Report of the Bombay Plague Committee
Disease focus: Plague
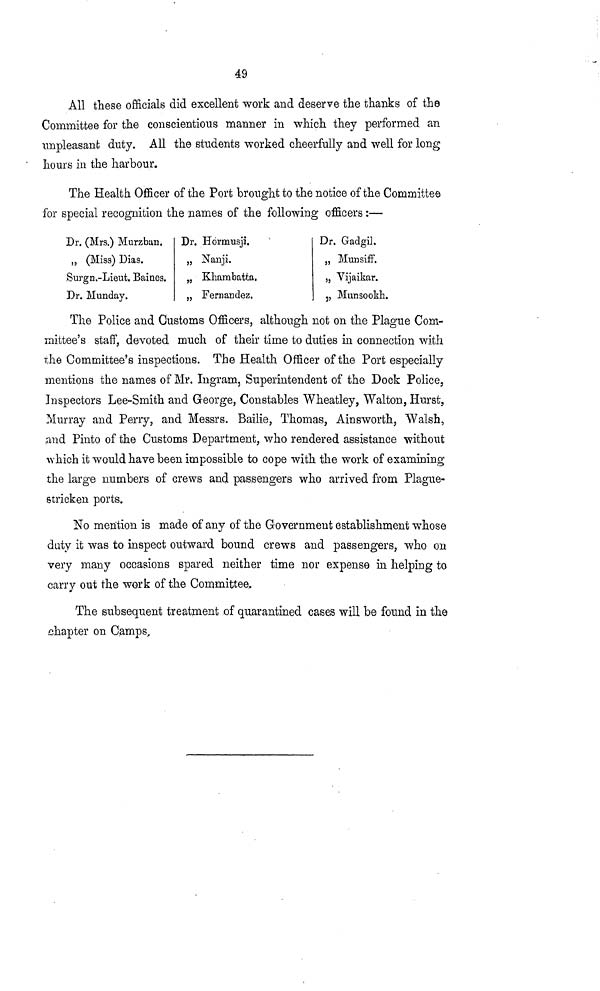
49
All these officials did excellent work and deserve the thanks of the
Committee for the conscientious manner in which they performed an
unpleasant duty. All the students worked cheerfully and well for long
hours in the harbour.
The Health Officer of the Port brought to the notice of the Committee
for special recognition the names of the following officers :—
Dr, (Mrs.) Murzban.
„ (Miss) Dias.
Surgn.-Lieut. Baines.
Dr. Munday.
Dr. Hormnsji.
„ Nanji.
„ Khambatta.
„ Fernandez.
Dr. Gadgil.
„ Munsiff.
„ Vijaikar.
j, Munsookh.
The Police and Customs Officers, although not on the Plague Com-
mittee's staff, devoted much of their time to duties in connection with
the Committee's inspections. The Health Officer of the Port especially
mentions the names of Mr. Ingram, Superintendent of the Dock Police,
Inspectors Lee-Smith and George, Constables Wheatley, Walton, Hurst,
Murray and Perry, and Messrs. Bailie, Thomas, Ainsworth, Walsh,
and Pinto of the Customs Department, who rendered assistance without
which it would have been impossible to cope with the work of examining
the large numbers of crews and passengers who arrived from Plague-
stricken ports.
No mention is made of any of the Government establishment whose
duty it was to inspect outward bound crews and passengers, who on
very many occasions spared neither time nor expense in helping to
carry out the work of the Committee.
The subsequent treatment of quarantined cases will be found in the
chapter on Camps,